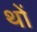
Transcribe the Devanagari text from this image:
थों